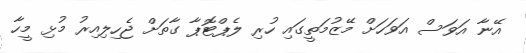
އޭނާ އަވަސް އަވަހަށް މޭޒުމަތީގައި ހުރި ލެޕްޓޮޕާ ގާތަށް ޖެހިލިއިރު މުޅި މީހާ